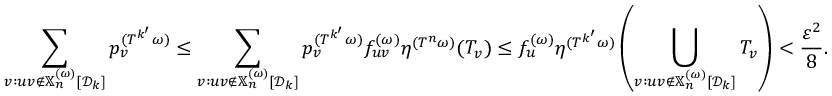
\sum _ { v : u v \notin \mathbb { X } _ { n } ^ { ( \omega ) } [ { \mathcal D } _ { k } ] } p _ { v } ^ { ( T ^ { k ^ { \prime } } \omega ) } \leq \sum _ { v : u v \notin \mathbb { X } _ { n } ^ { ( \omega ) } [ { \mathcal D } _ { k } ] } p _ { v } ^ { ( T ^ { k ^ { \prime } } \omega ) } f _ { u v } ^ { ( \omega ) } \eta ^ { ( T ^ { n } \omega ) } ( T _ { v } ) \leq f _ { u } ^ { ( \omega ) } \eta ^ { ( T ^ { k ^ { \prime } } \omega ) } \left( \bigcup _ { v : u v \notin \mathbb { X } _ { n } ^ { ( \omega ) } [ { \mathcal D } _ { k } ] } T _ { v } \right) < \frac { \varepsilon ^ { 2 } } { 8 } .